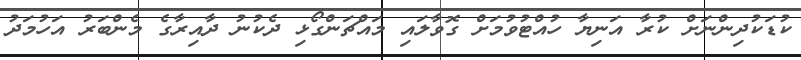
ކުޑަކުދިންނަށް ކުރާ އަނިޔާ ހުއްޓުވުމަށް ގޮވާލައި މައްޗަންގޯޅި ދެކުނު ދާއިރާގެ މެންބަރު އަހުމަދު